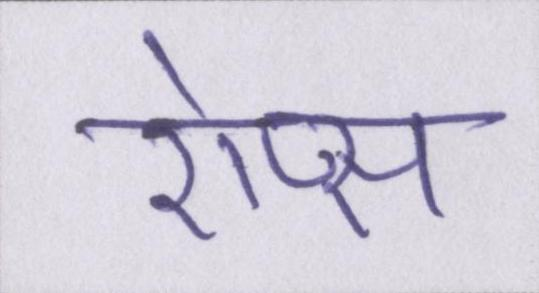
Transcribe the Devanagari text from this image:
ऐप्स